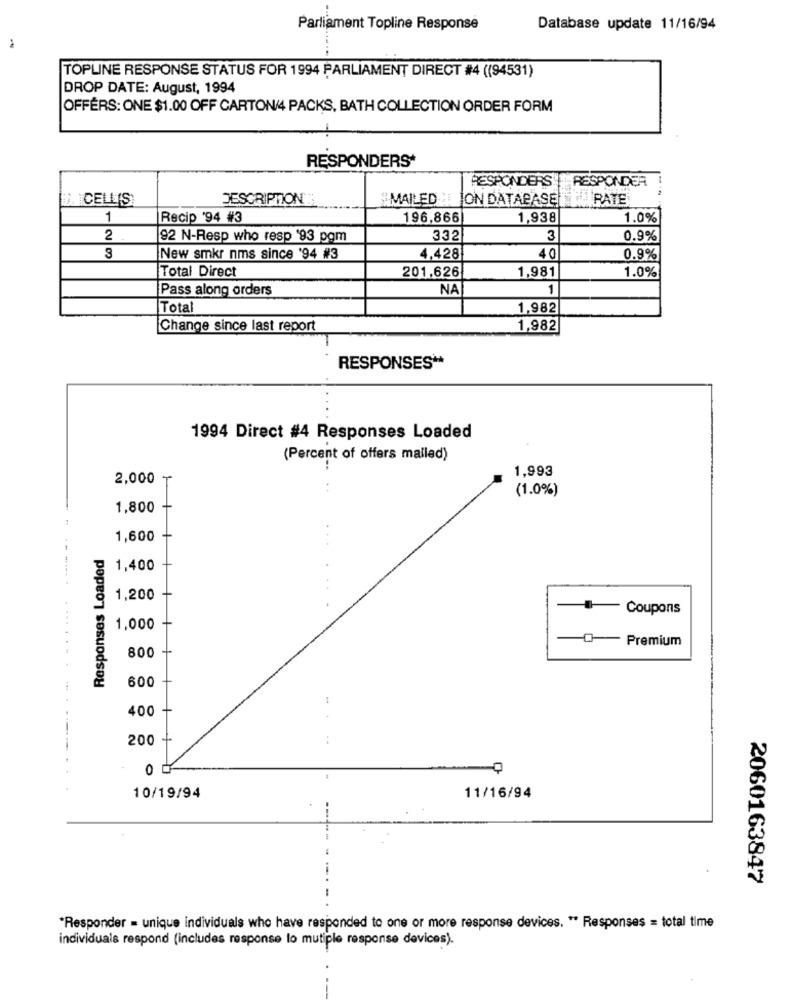
Parliament Topline Response
Database update 11/16/94
TOPLINE RESPONSE STATUS FOR 1994 PARLIAMENT DIRECT #4 ((94531)
DROP DATE: August, 1994
OFFERS: ONE $1.00 OFF CARTON/4 PACKS, BATH COLLECTION ORDER FORM
RESPONDERS*
RESPONDER
RESPONDERS
D. CELLIS
DESCRIPTION
#MAILED " JON DATABASE
RATE
1
Recip '94 #3
196,866
1,938
1.0%
2
92 N-Resp who resp '93 pom
332
3
0.9%
New smkr nms since '94 #3
4,428
4 0
0.9%
Total Direct
1.0%
201.626
1,981
Pass along orders
NA
1
Total
1,982
Change since last report
1,982
RESPONSES **
1994 Direct #4 Responses Loaded
(Percent of offers malled)
1,993
2,000 T
(1.0%)
1,800 -
1,600 +
Responses Loaded
1,400
1,200
Coupons
1,000 -
@- Premium
800
600
400
200
0 C
10/19/94
11/16/94
2060163847
*Responder = unique individuals who have responded to one or more response devices. " Responses = total time
individuals respond (includes response to mutiple response devices).